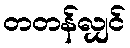
တတန်လျှင်